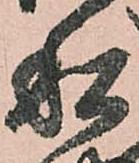
私